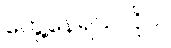
တွေ့နေရသလိုပဲ။